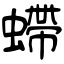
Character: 螮